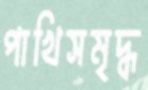
পাখিসমৃদ্ধ